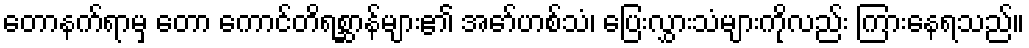
တောနက်ရာမှ တော ကောင်တိရစ္ဆာန်များ၏ အော်ဟစ်သံ၊ ပြေးလွှားသံများကိုလည်း ကြားနေရသည်။